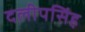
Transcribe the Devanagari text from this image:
दलीपसिंह